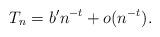
LaTeX: \begin{align*} T_n = b'n^{-t} + o(n^{-t} ). \end{align*}